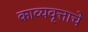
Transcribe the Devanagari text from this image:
काव्यवृत्ताचे